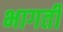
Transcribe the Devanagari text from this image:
भागतीं